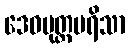
ဒေဝပုတ္တပရိသာ